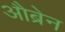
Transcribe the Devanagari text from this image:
औब्रेन